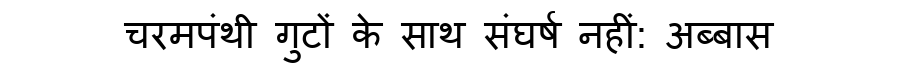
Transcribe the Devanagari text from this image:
चरमपंथी गुटों के साथ संघर्ष नहीं: अब्बास